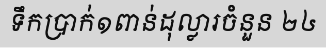
ទឹកប្រាក់១ពាន់ដុល្លារចំនួន ២៤